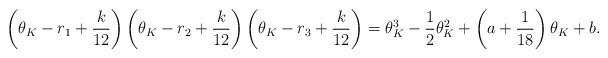
LaTeX: \begin{align*} \left(\theta_K - r_1+\frac{k}{12}\right)\left(\theta_K - r_2+\frac{k}{12}\right)\left(\theta_K - r_3+\frac{k}{12}\right) = \theta_K^3 -\frac{1}{2}\theta_K^2 + \left(a + \frac{1}{18}\right)\theta_K + b.\end{align*}